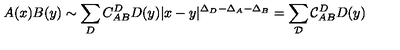
A ( x ) B ( y ) \sim \sum _ { D } C _ { A B } ^ { D } D ( y ) | x - y | ^ { \Delta _ { D } - \Delta _ { A } - \Delta _ { B } } = \sum _ { { \mathcal { D } } } { \mathcal { C } } _ { A B } ^ { D } D ( y )